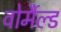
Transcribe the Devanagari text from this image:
वोर्मैल्ड